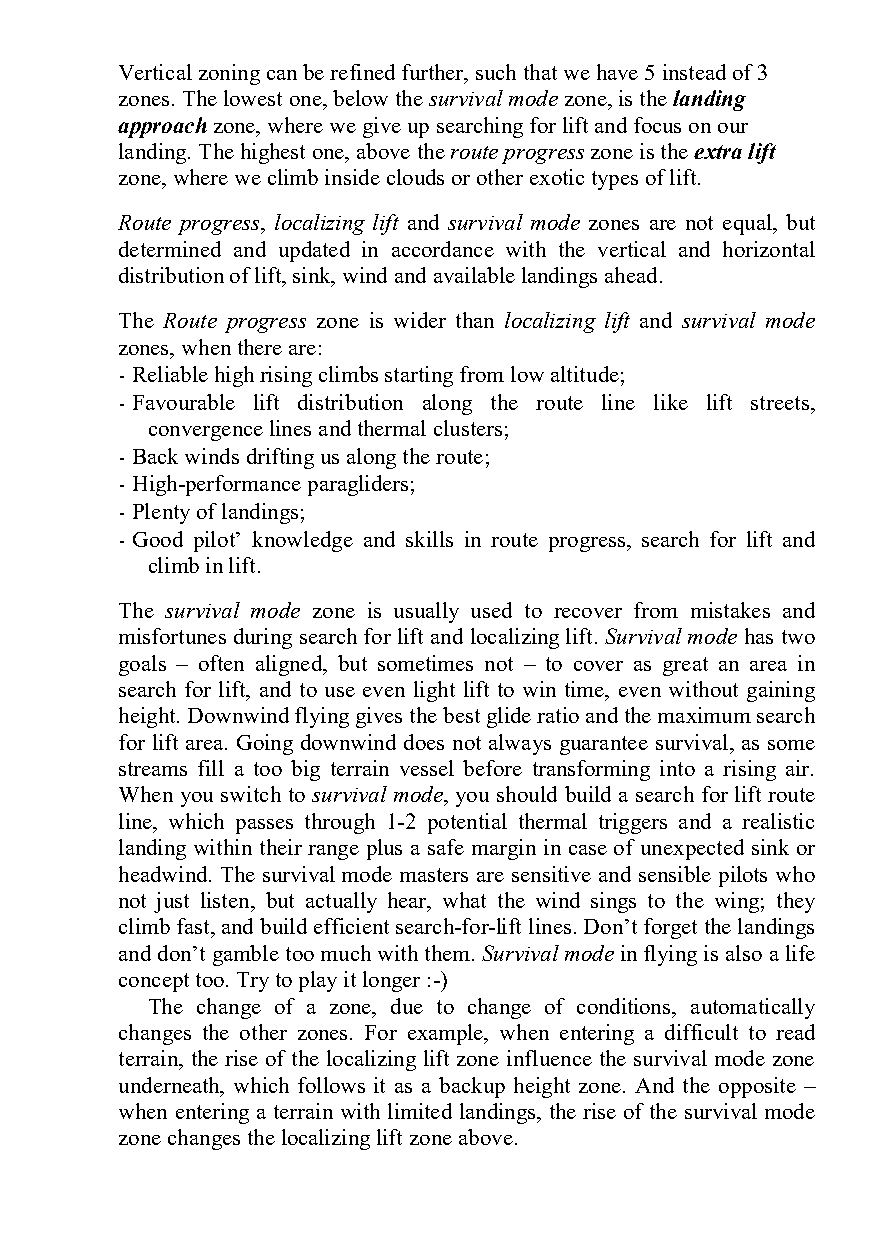
Vertical zoning can be refined further, such that we have 5 instead of 3
 zones. The lowest one, below the survival mode zone, is the landing
 approach zone, where we give up searching for lift and focus on our
 landing. The highest one, above the route progress zone is the extra lift
 zone, where we climb inside clouds or other exotic types of lift.
 Route progress, localizing lift and survival mode zones are not equal, but
 determined and updated in accordance with the vertical and horizontal
 distribution of lift, sink, wind and available landings ahead.
 The Route progress zone is wider than localizing lift and survival mode
 zones, when there are:
 - Reliable high rising climbs starting from low altitude;
 - Favourable lift distribution along the route line like lift streets,
 convergence lines and thermal clusters;
 - Back winds drifting us along the route;
 - High-performance paragliders;
 - Plenty of landings;
 - Good pilot’ knowledge and skills in route progress, search for lift and
 climb in lift.
 The survival mode zone is usually used to recover from mistakes and
 misfortunes during search for lift and localizing lift. Survival mode has two
 goals – often aligned, but sometimes not – to cover as great an area in
 search for lift, and to use even light lift to win time, even without gaining
 height. Downwind flying gives the best glide ratio and the maximum search
 for lift area. Going downwind does not always guarantee survival, as some
 streams fill a too big terrain vessel before transforming into a rising air.
 When you switch to survival mode, you should build a search for lift route
 line, which passes through 1-2 potential thermal triggers and a realistic
 landing within their range plus a safe margin in case of unexpected sink or
 headwind. The survival mode masters are sensitive and sensible pilots who
 not just listen, but actually hear, what the wind sings to the wing; they
 climb fast, and build efficient search-for-lift lines. Don’t forget the landings
 and don’t gamble too much with them. Survival mode in flying is also a life
 concept too. Try to play it longer :-)
 The change of a zone, due to change of conditions, automatically
 changes the other zones. For example, when entering a difficult to read
 terrain, the rise of the localizing lift zone influence the survival mode zone
 underneath, which follows it as a backup height zone. And the opposite –
 when entering a terrain with limited landings, the rise of the survival mode
 zone changes the localizing lift zone above.